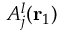
A _ { j } ^ { l } ( { \mathbf { r } _ { 1 } } )